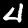
Digit: 4